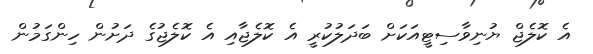
އެ ކޮލެޖް ޔުނިވާސިޓީއަކަށް ބަދަލުކުރީ އެ ކޮލެޖާއި އެ ކޮލެޖުގެ ދަށުން ހިންގަމުން